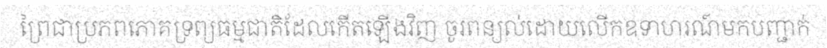
ព្រៃជាប្រភពភោគទ្រព្យធម្មជាតិដែលកើតឡើងវិញ ចូរពន្យល់ដោយលើកឧទាហរណ៍មកបញ្ជាក់